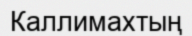
Каллимахтың